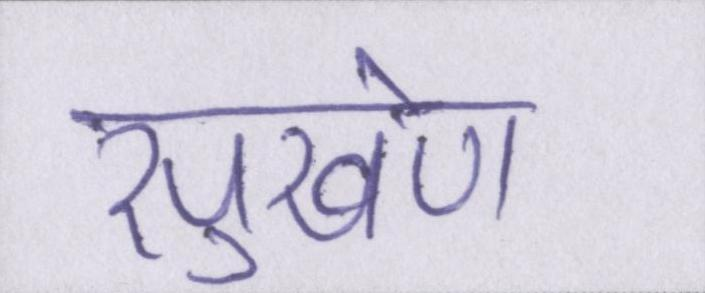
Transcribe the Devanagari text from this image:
सुखेण